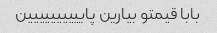
بابا قیمتو بیارین پایییییییییین